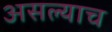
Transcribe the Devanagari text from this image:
असल्याच